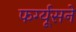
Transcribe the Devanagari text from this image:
फर्ग्यूसने